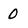
Character: 0